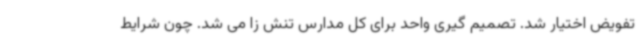
تفویض اختیار شد. تصمیم گیری واحد برای کل مدارس تنش زا می شد. چون شرایط